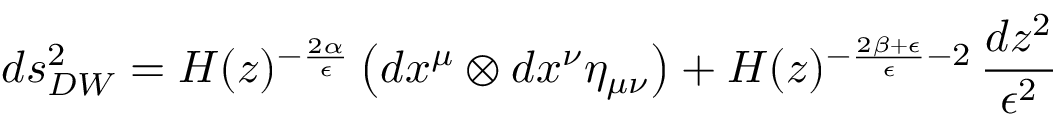
d s _ { D W } ^ { 2 } = H ( z ) ^ { - \frac { 2 \alpha } { \epsilon } } \left( d x ^ { \mu } \otimes d x ^ { \nu } \eta _ { \mu \nu } \right) + H ( z ) ^ { - \frac { 2 \beta + \epsilon } { \epsilon } - 2 } \, \frac { d z ^ { 2 } } { \epsilon ^ { 2 } }